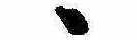
ゝ